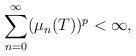
LaTeX: \begin{align*}\sum_{n=0}^{\infty} ( {\mu}_{n}(T) )^{p} < {\infty},\end{align*}